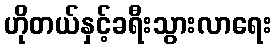
ဟိုတယ်နှင့်ခရီးသွားလာရေး